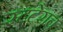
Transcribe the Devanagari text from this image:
स्टटेराच